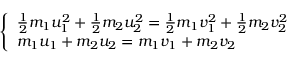
\left\{ \begin{array} { l l } { { \frac { 1 } { 2 } } m _ { 1 } u _ { 1 } ^ { 2 } + { \frac { 1 } { 2 } } m _ { 2 } u _ { 2 } ^ { 2 } = { \frac { 1 } { 2 } } m _ { 1 } v _ { 1 } ^ { 2 } + { \frac { 1 } { 2 } } m _ { 2 } v _ { 2 } ^ { 2 } } \\ { m _ { 1 } u _ { 1 } + m _ { 2 } u _ { 2 } = m _ { 1 } v _ { 1 } + m _ { 2 } v _ { 2 } } \end{array} \right.